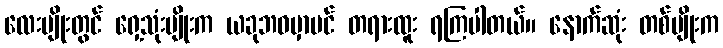
လေးမျိုးတွင် ရှေ့သုံးမျိုးက ယခုဘဝမှာပင် တရားထူး ရကြပါတယ်။ နောက်ဆုံး တစ်မျိုးက